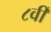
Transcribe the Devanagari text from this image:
८वीँ